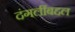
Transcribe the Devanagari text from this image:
दंगलींबद्दल